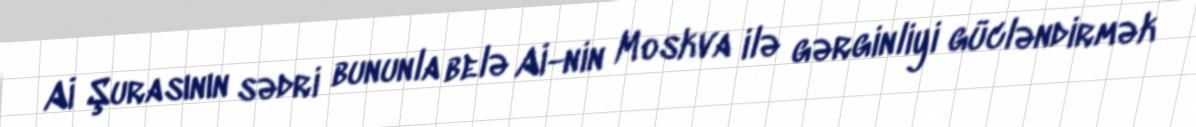
Aİ Şurasının sədri bununla belə Aİ-nin Moskva ilə gərginliyi gücləndirmək